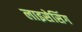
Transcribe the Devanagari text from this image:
लाइसेसिंग